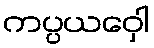
ကပ္ပယဝှေါ